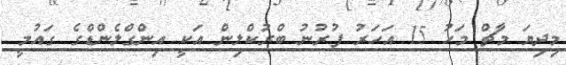
މިދިޔަ މާޗް މަހު 15 އަހަރު ފުރުނު ބްރުކްލިން އަކީ އިންގްލެންޑްގެ ގައުމީ